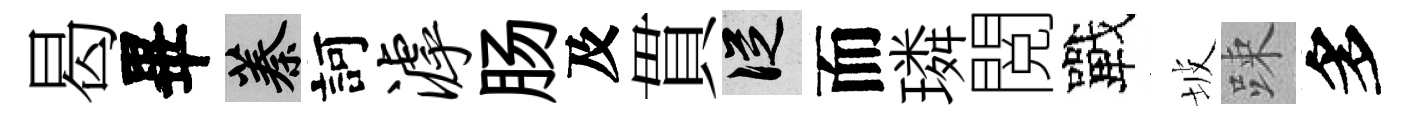
曷畢蓁訶滹肠及貫從而璘閲戰坡踈多